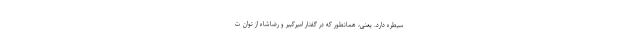
سیطره دارد. یعنی، همانطور که در گفتار امیرکبیر و رضاشاه از توان ت